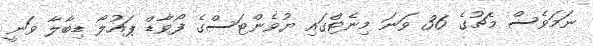
ނަމަވެސް މެޗުގެ 36 ވަނަ މިނެޓްގައި ޔުވެންޓަސްގެ ފޯވާޑް ޕައުލޯ ޑިބާލާ ވަނީ